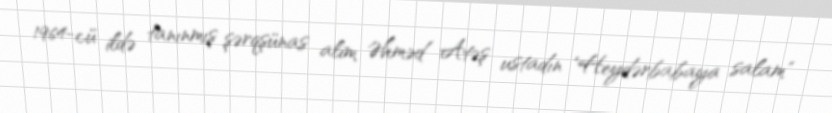
1964-cü ildə tanınmış şərqşünas alim Əhməd Atəş ustadın "Heydərbabaya salam"